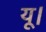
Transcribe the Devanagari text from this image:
यू।